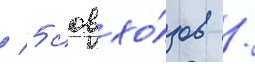
/ 5 совхо́зов /